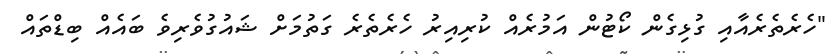
"ހެރެތެރެއާއި ގުޅިގެން ކޯޓުން އަމުރެއް ކުރިއިރު ހެރެތެރެ ގަތުމަށް ޝައުގުވެރިވެ ބައެއް ބިޑްތައް